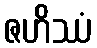
ဇဟိဿံ